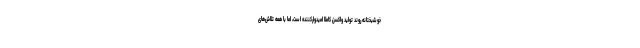
خوشبختانه روند تولید واکسن کاملا امیدوارکننده است، اما با همه تلاش‌های